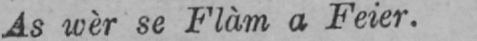
As wèr se Flàm a Feier.